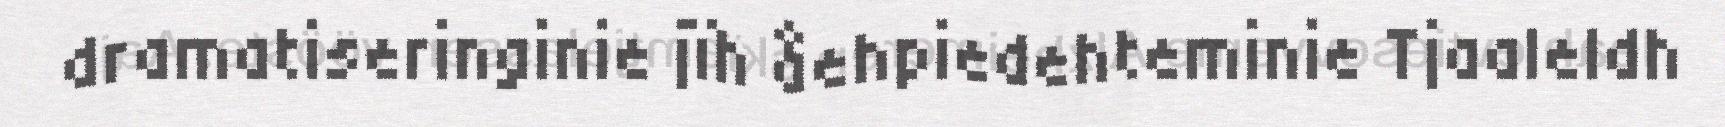
dramatiseringinie jïh åehpiedehteminie Tjaaleldh